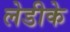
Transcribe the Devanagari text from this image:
लेडीके